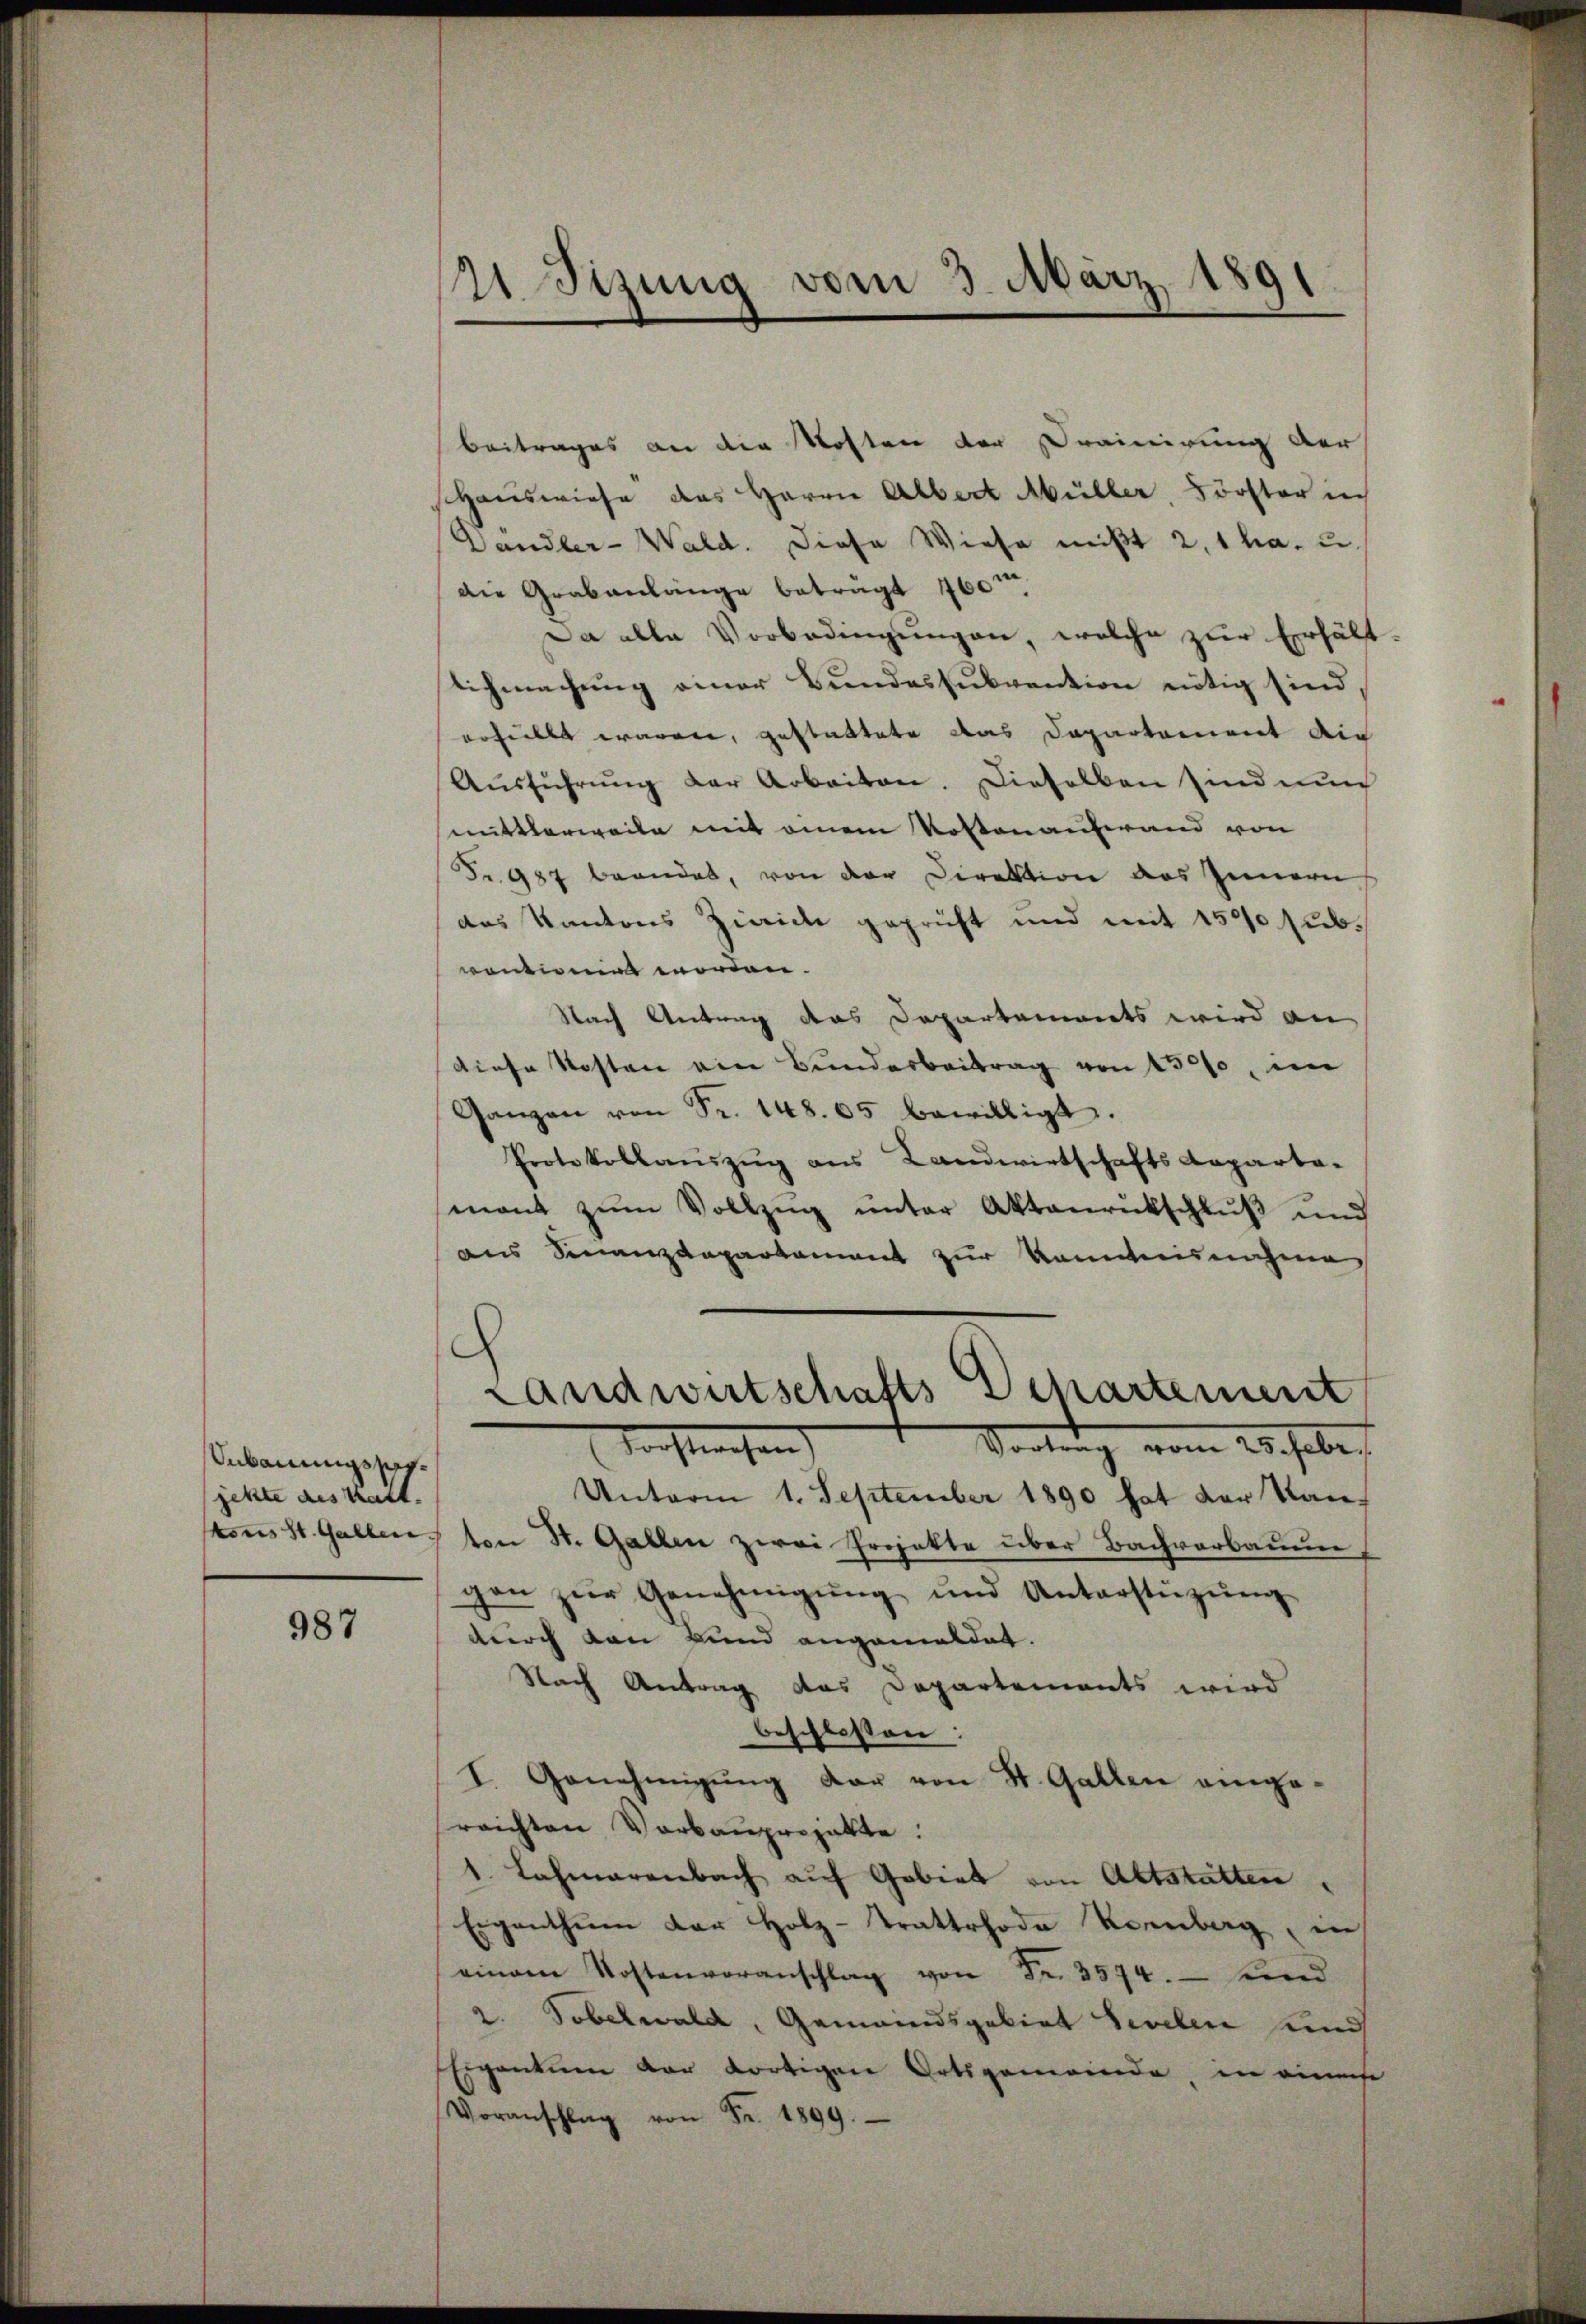
Anbauungssjetzte des kalt.

987

121. Sizung vom 3. März 1891

Beitrages an die Kosten der Drainirung der
Hauswiese das Herrn Albert Müller, Förster in
Dandler-Wald. Diese Wiese mißt 2, 1 ha. u.
die Grabanlänge beträgt 760m
Da alle Vorbedingungen, welche zur Erhält
lichmachŭng einer Bundessubvention nötig sien,
erhielte waren, gestattete das Departement auch
Aŭsführŭng der Arbeiten. Dieselben sind auch
mittlerweile mit einem Kostenaufwand von
Fr. 987 beander, von der Direktion des Innern
das Kantons Zürich geprüft und mit 1500 subvontionirt worden.
Nach Antrag das Departements wird an
diese Kosten ein Bunderbeitrag von 13000, im
Ganzen von Fr. 148. 65 bewilligt.
Protokollaŭszŭg ans Landwirtschafts Reparta-
mant zŭm Vollzŭg ŭnter Aktenrückschluß und
aus Finanzdepartament zur Kenntnisnahme
d
Landwirtschafts Departement
Vorstrechen
Vortrag vom 20. habe
Unterm 1. September 1890 hat der Kansores St. Gallen, von St. Gallen zwei Projekte über Bachverbauun
gen zŭr Genehmigŭng und Unterstüzung
durch den Bund angemeldet.
Nach Antrag das Departements wird
beschlossen:
I. Genehmigŭng dar von St. Gallen einge
reichten Vorbauprojekte.
1. Lehmarenbach auf Gebiet von Altstatten
Eigenthum der Holz-Trattrhode Noenberg in
einem Kostenvoranschlag von Fr. 3574. find
2. Tobelwald, Gemeindsgebiet Seelen und
Eigentum der dortigen Ortsgemeinde, in einen
Voranschlag von Fr. 1899.